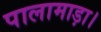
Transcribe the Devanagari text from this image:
पालामाड़ा।